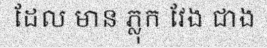
ដែល មាន ភ្លុក វែង ជាង